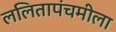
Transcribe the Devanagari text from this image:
ललितापंचमीला